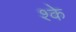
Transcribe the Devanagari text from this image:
श्के